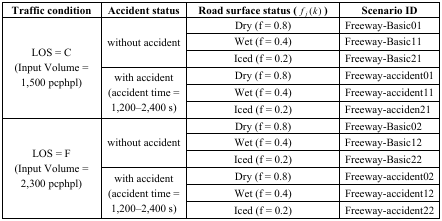
| Traffic condition | Accident status | Road surface status (fj (k) ) | Scenario ID |
 | --- | --- | --- | --- |
 | <ROWSPAN=6> LOS = C (Input Volume = 1,500 pcphpl) | <ROWSPAN=3> without accident | Dry (f = 0.8) | Freeway-Basic01 |
 | Wet (f = 0.4) | Freeway-Basic11 |
 | Iced (f = 0.2) | Freeway-Basic21 |
 | <ROWSPAN=3> with accident (accident time = 1,200–2,400 s) | Dry (f = 0.8) | Freeway-accident01 |
 | Wet (f = 0.4) | Freeway-accident11 |
 | Iced (f = 0.2) | Freeway-acciden21 |
 | <ROWSPAN=6> LOS = F (Input Volume = 2,300 pcphpl) | <ROWSPAN=3> without accident | Dry (f = 0.8) | Freeway-Basic02 |
 | Wet (f = 0.4) | Freeway-Basic12 |
 | Iced (f = 0.2) | Freeway-Basic22 |
 | <ROWSPAN=3> with accident (accident time = 1,200–2,400 s) | Dry (f = 0.8) | Freeway-accident02 |
 | Wet (f = 0.4) | Freeway-accident12 |
 | Iced (f = 0.2) | Freeway-accident22 |